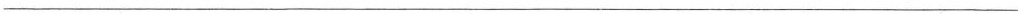
___